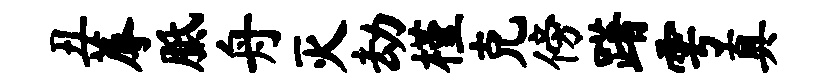
丑蓐胝舟灭劫槿克傍躇雩真